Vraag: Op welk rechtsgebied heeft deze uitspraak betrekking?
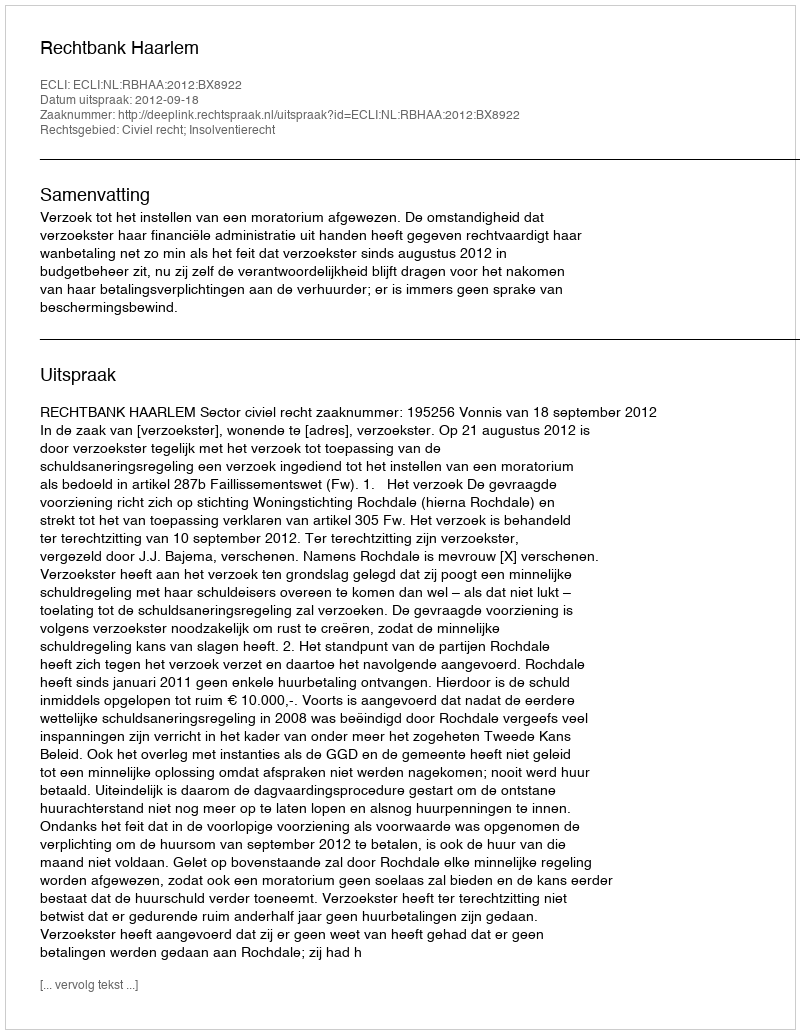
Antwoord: Civiel recht; Insolventierecht